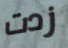
زدت